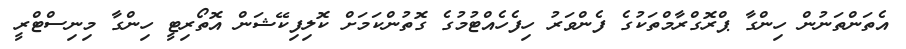
އެތަންތަނުން ހިންގާ ޕްރޮގްރާމްތަކުގެ ފެންވަރު ހިފެހެއްޓުމުގެ ގޮތުންކަމަށް ކޮލިފިކޭޝަން އޮތޯރިޓީ ހިންގާ މިނިސްޓްރީ